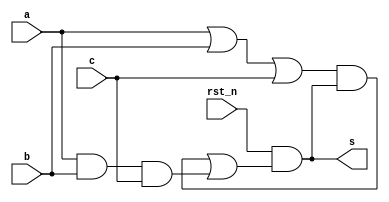
`timescale 1ns/1ns
module muller_3input    #(parameter DELAY=5)
						 (input rst_n,a,b,c,
						 output s);

wire w1,w2,w3,w4,w5;

or A1(w1,a,b,c);
and A2(w2,w1,s);
and A3(w3,a,b,c);
or A4(w5,w2,w3);
and #(DELAY) A5(s, rst_n,w5);

endmodule